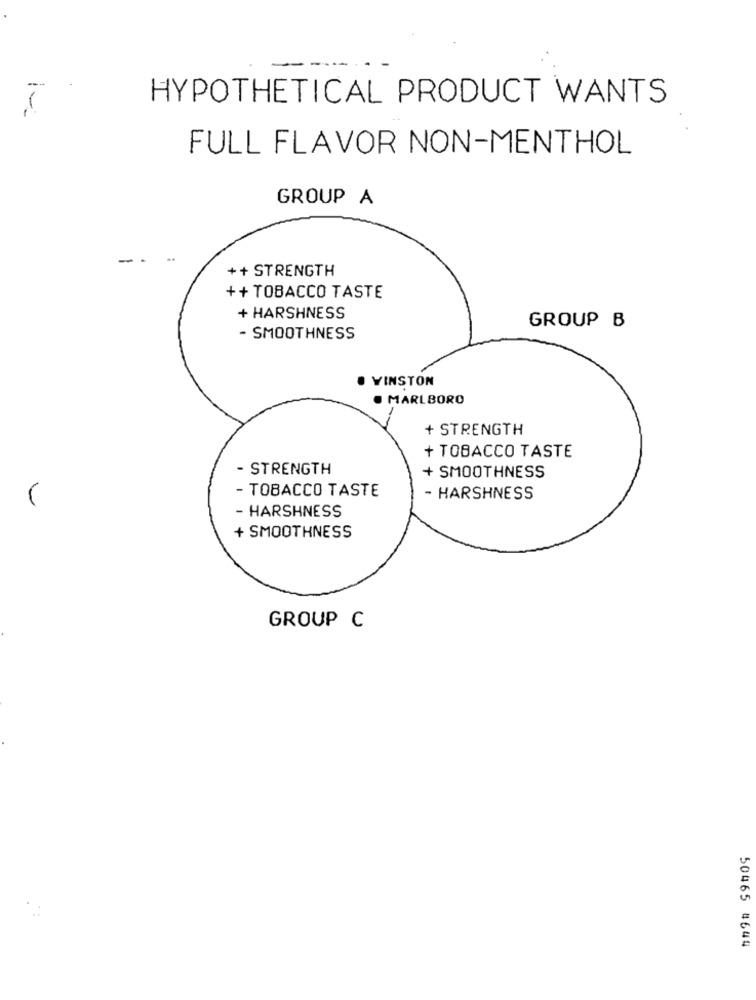
HYPOTHETICAL PRODUCT WANTS
FULL FLAVOR NON-MENTHOL
GROUP A
-
++ STRENGTH
++ TOBACCO TASTE
+ HARSHNESS
GROUP B
- SMOOTHNESS
YINSTON
MARLBORO
+ STRENGTH
+ TOBACCO TASTE
- STRENGTH
+ SMOOTHNESS
- TOBACCO TASTE
- HARSHNESS
- HARSHNESS
+ SMOOTHNESS
GROUP C
50465 4644